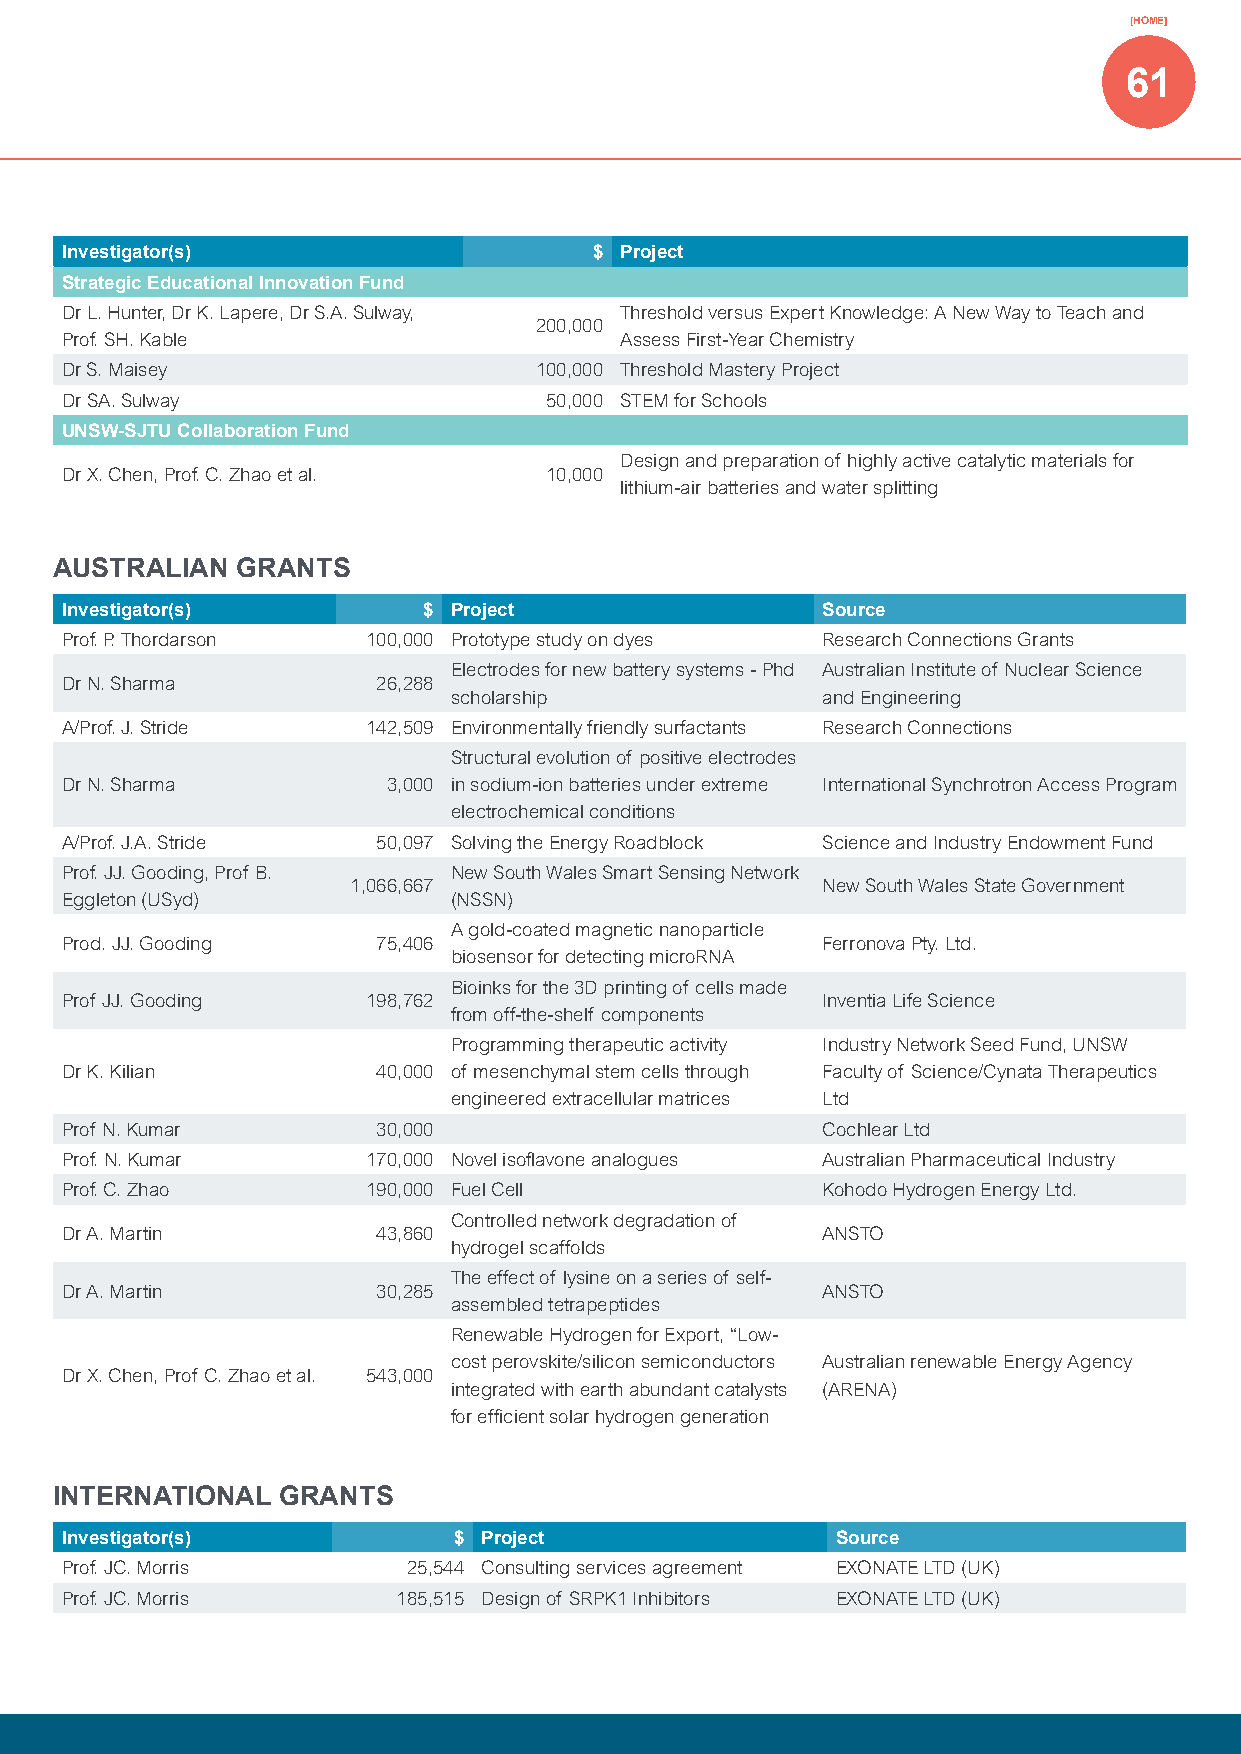
[HOME]
 61
 Investigator(s)                    $ Project
 Strategic Educational Innovation Fund
 Dr L. Hunter, Dr K. Lapere, Dr S.A. Sulway, Threshold versus Expert Knowledge: A New Way to Teach and
 200,000
 Prof. SH. Kable                      Assess First-Year Chemistry
 Dr S. Maisey                   100,000 Threshold Mastery Project
 Dr SA. Sulway                   50,000 STEM for Schools
 UNSW-SJTU Collaboration Fund
 Design and preparation of highly active catalytic materials for
 Dr X. Chen, Prof. C. Zhao et al. 10,000
 lithium-air batteries and water splitting
 AUSTRALIAN  GRANTS
 Investigator(s)         $ Project                 Source
 Prof. P. Thordarson 100,000 Prototype study on dyes Research Connections Grants
 Electrodes for new battery systems - Phd Australian Institute of Nuclear Science
 Dr N. Sharma         26,288
 scholarship             and Engineering
 A/Prof. J. Stride   142,509 Environmentally friendly surfactants Research Connections
 Structural evolution of positive electrodes
 Dr N. Sharma          3,000 in sodium-ion batteries under extreme International Synchrotron Access Program
 electrochemical conditions
 A/Prof. J.A. Stride  50,097 Solving the Energy Roadblock Science and Industry Endowment Fund
 Prof. JJ. Gooding, Prof B. New South Wales Smart Sensing Network
 1,066,667                      New South Wales State Government
 Eggleton (USyd)           (NSSN)
 A gold-coated magnetic nanoparticle
 Prod. JJ. Gooding    75,406                       Ferronova Pty. Ltd.
 biosensor for detecting microRNA
 Bioinks for the 3D printing of cells made
 Prof JJ. Gooding    198,762                       Inventia Life Science
 from off-the-shelf components
 Programming therapeutic activity Industry Network Seed Fund, UNSW
 Dr K. Kilian         40,000 of mesenchymal stem cells through Faculty of Science/Cynata Therapeutics
 engineered extracellular matrices Ltd
 Prof N. Kumar        30,000                       Cochlear Ltd
 Prof. N. Kumar      170,000 Novel isoflavone analogues Australian Pharmaceutical Industry
 Prof. C. Zhao       190,000 Fuel Cell             Kohodo Hydrogen Energy Ltd.
 Controlled network degradation of
 Dr A. Martin         43,860                       ANSTO
 hydrogel scaffolds
 The effect of lysine on a series of self-
 Dr A. Martin         30,285                       ANSTO
 assembled tetrapeptides
 Renewable Hydrogen for Export, “Low-
 cost perovskite/silicon semiconductors Australian renewable Energy Agency
 Dr X. Chen, Prof C. Zhao et al. 543,000
 integrated with earth abundant catalysts (ARENA)
 for efficient solar hydrogen generation
 INTERNATIONAL GRANTS
 Investigator(s)           $ Project                Source
 Prof. JC. Morris       25,544 Consulting services agreement EXONATE LTD (UK)
 Prof. JC. Morris      185,515 Design of SRPK1 Inhibitors EXONATE LTD (UK)